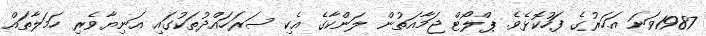
1987ވަނަ އަހަރުގެ ފަހުކޮޅެވެ. ޕްލޯޓް ޖަމާއަތުން ލަންކާގެ އެކި ސަރަހައްދުތަކުގައި އަނިޔާވެރި ހަމަލާތައް